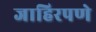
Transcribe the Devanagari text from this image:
जाहिरपणे